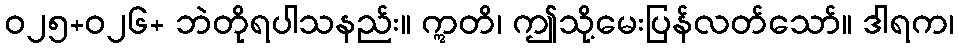
ဝ၂၅+ဝ၂၆+ ဘဲတိုရပါသနည်း။ ဣတိ၊ ဤသို့မေးပြန်လတ်သော်။ ဒါရက၊